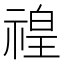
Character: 䄓